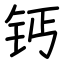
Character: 钙